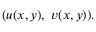
( u ( x , y ) , \ v ( x , y ) ) .